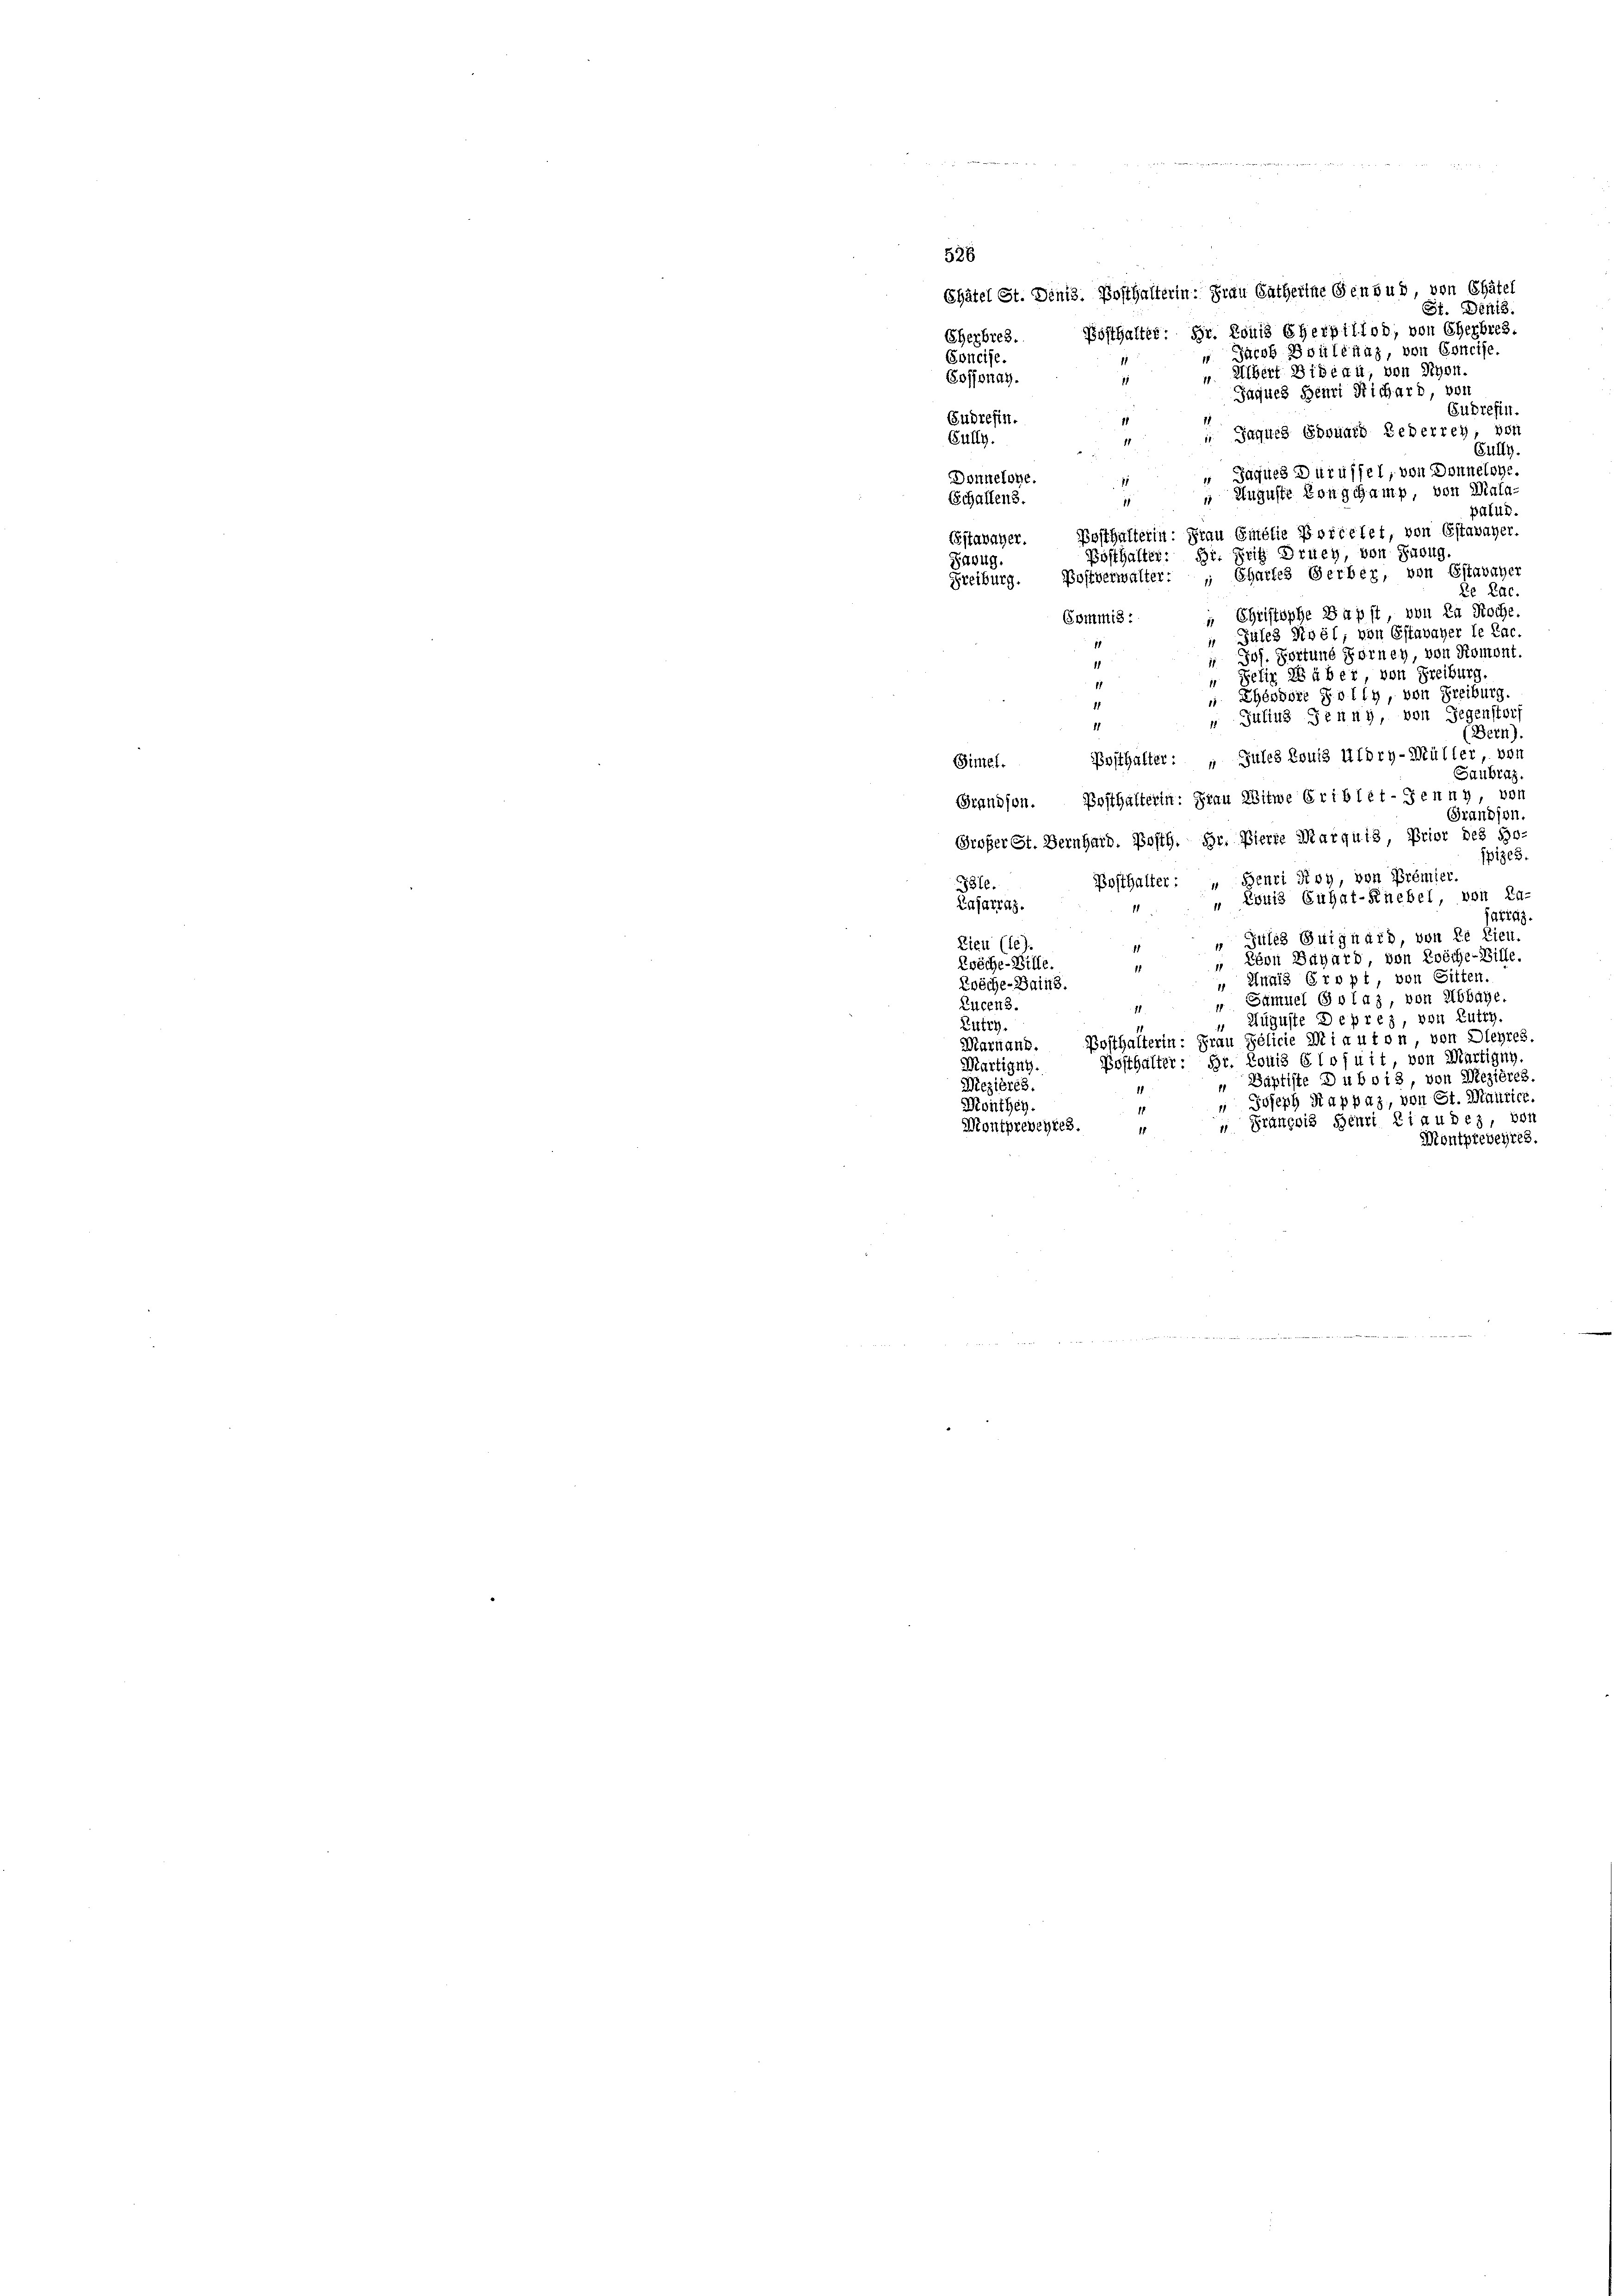
526
Chätel St. Diniz. Posthalterin: Frau Catherine Gensus, von Chätel
St. Denis.
Posthalter. Hr. Louis Eherpillod, von Cherbres.
Eherbres.
 Jacob Bouleuaz, von Concise.
Soncise.
u. Albert Biseau, von Nyon.
Sossonay.
Jaques Beuri Richard, von
Eudrefin.
Gudrefin.
 Jaques Gesund Lederren, vort
Gully.
Fully
 Jaques Dürüffel, von Donnelohe
Donneloye.
 Auguste Conschamp, von Mala
Schallens.
18
palud.
Posthalterin: Frau Emilie Portelet, von Estavayer.
Estavayer.
Posthalter: Dr. Fritz Druey, von Subug.
Sazug.
Freiburg. Postverwalter: " Chartes Gerber, von Estavayer
Re Lac.
„ Christophe Papst, von La Roche.
Commis
Jules Nivel, von Estavayer le Lac.
1
 Jos. Portune Forney, von Roment.
11
Pefir es über, von Freiburg
.
 Théosore Polly, von Freiburg.
11
 Julius Jenny, von Gegenstorf
11
(Bern).
Simel. Posthalter: „ Jules Louis Utory-Müller, von
Saubraz.
Grandson. Bosthalterin: Frau Witwe Eriblet-Jenny, von
Grandson
Großer St. Bernhard. Posth. Hr. Vierte Marquis, Prior des Bo-
ipizes.
Posthalter: „ Henri Pivy, von Premier.
Ble.
 Löwis Cuhat-Knebel, von La-
Lafarrag.
arigg
Jules Guighard von de Lieu
Lieu (le)
1
Eéon Bagard, von Zwöche-Bille.
Zwöche-Bille.
11
 Hunis Gropt von Gitten.
Zwöche-Bains.
Samuel Golaz, von Abbaye
licen 3.
11
 Auguste Depres, von Lutry.
Lutry.
Marnaub. Posthalterin: Frau Pélicie Minuton von Dleyres.
Posthalter: Hr. Louis 610 fuit von Martigny.
Martigny.
Baptiste Dubois, von Mezières.
Mezières.
11
" Joseph Kappaz, von St. Maurice.
Monthey.
 François Henri Piaudes, von
Montpreveyres.
4
Möntpreveyres.